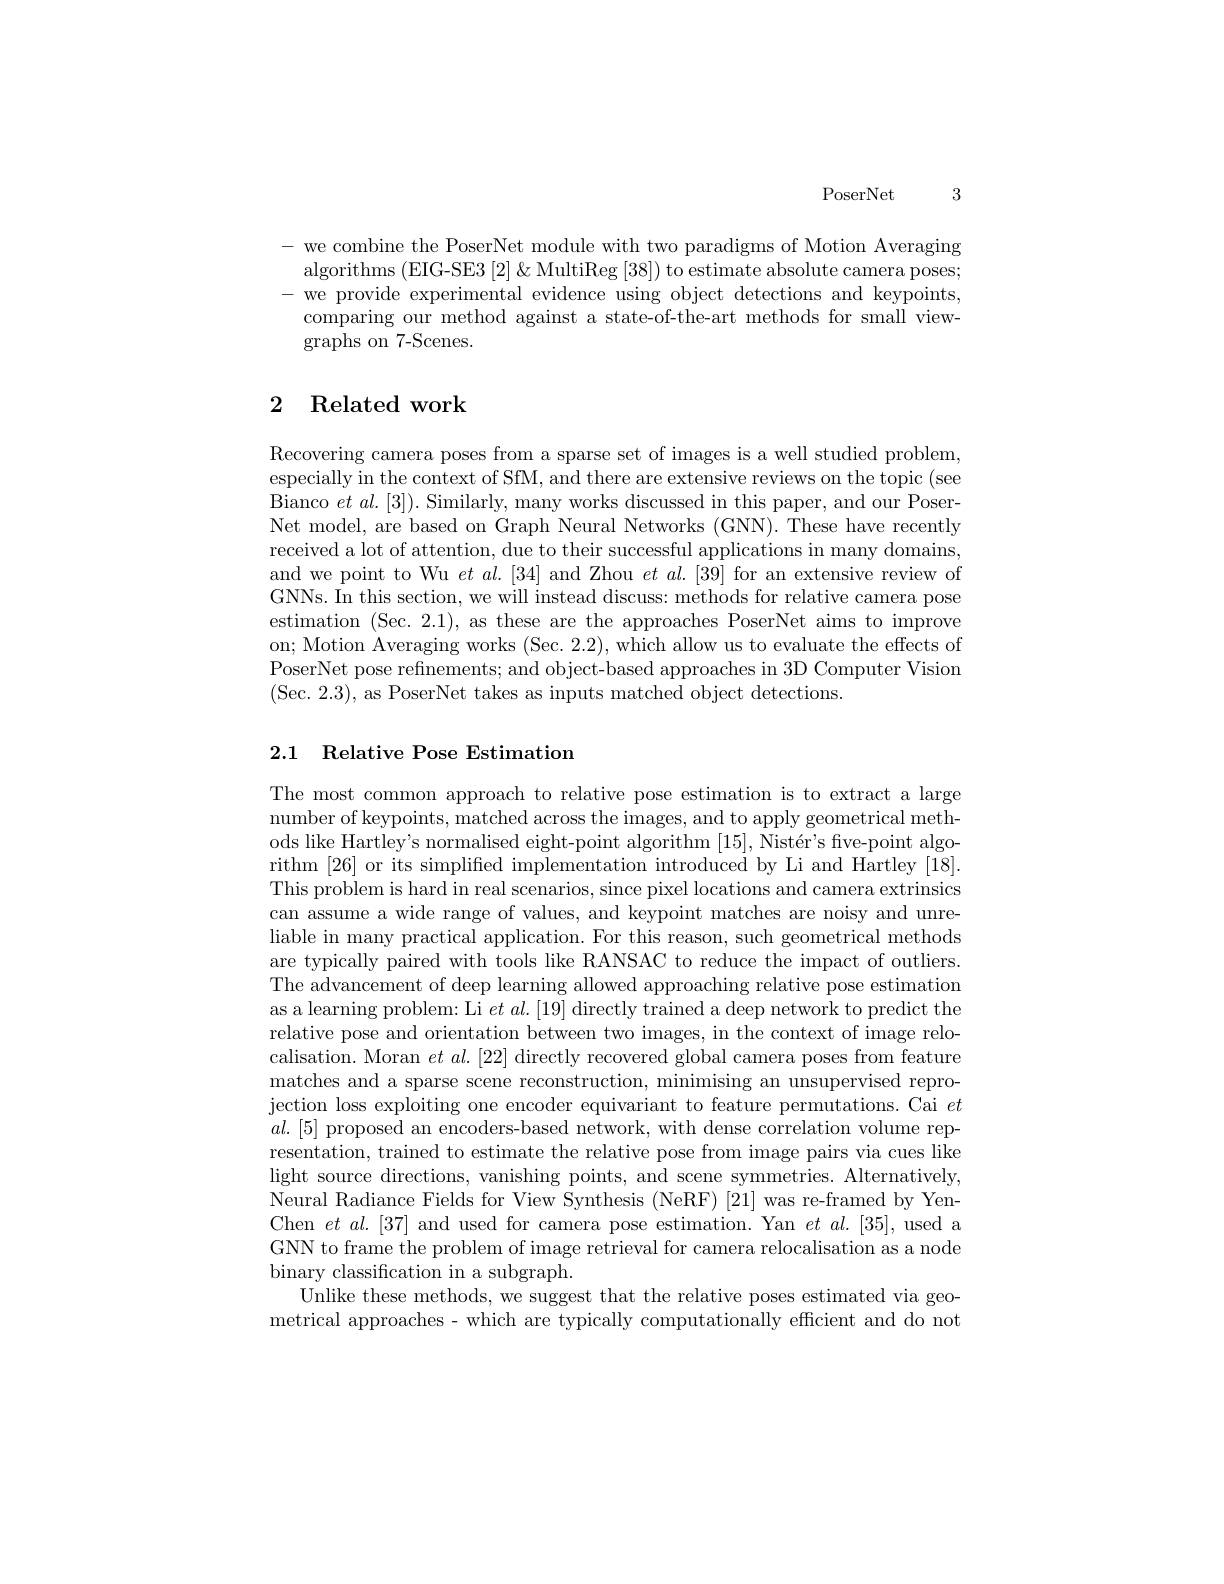
PoserNet 3

- we combine the PoserNet module with two paradigms of Motion Averaging algorithms (EIG-SE3 [2]&MultiReg [38]) to estimate absolute camera poses; -we provide experimental evidence using object detections and keypoints, comparing our method against a state-of-the-art methods for small viewgraphs on 7- Scenes.

## 2 Related work

Recovering camera poses from a sparse set of images is a well studied problem, especially in the context of SfM, and there are extensive reviews on the topic (see Bianco $et\textit{al. [ 3] ) . Similarly, many works discussed in this paper, and our Poser- 1}$ Net model, are based on Graph Neural Networks (GNN). These have recently received a lot of attention, due to their successful applications in many domains, and we point to Wu $et\textit{al. [ 34] and Zhou }et\textit{al. [ 39] for an extensive review of}$ GNNs. In this section, we will instead discuss: methods for relative camera pose estimation (Sec. 2.1), as these are the approaches PoserNet aims to improve on; Motion Averaging works (Sec. 2.2), which allow us to evaluate the effects of PoserNet pose refinements; and object-based approaches in 3D Computer Vision (Sec. 2.3), as PoserNet takes as inputs matched object detections.

### 2.1 Relative Pose Estimation

The most common approach to relative pose estimation is to extract a large number of keypoints, matched across the images, and to apply geometrical methods like Hartley's normalised eight-point algorithm $[ 15] , \text{Nist\' {e}r' sfive- pointalgo- }$ rithm [26] or its simplified implementation introduced by Li and Hartley [18]. This problem is hard in real scenarios, since pixel locations and camera extrinsics can assume a wide range of values, and keypoint matches are noisy and unreliable in many practical application. For this reason, such geometrical methods are typically paired with tools like RANSAC to reduce the impact of outliers. The advancement of deep learning allowed approaching relative pose estimation as a learning problem: Li $et\textit{al. [ 19] directly trained a deep network to predict the}$ relative pose and orientation between two images, in the context of image relocalisation. Moran $et\textit{al. [ 22] directly recovered global camera poses from feature}$ matches and a sparse scene reconstruction, minimising an unsupervised reprojection loss exploiting one encoder equivariant to feature permutations. Cai $et$ $al.[5]$ proposed an encoders-based network, with dense correlation volume representation, trained to estimate the relative pose from image pairs via cues like light source directions, vanishing points, and scene symmetries. Alternatively, Neural Radiance Fields for View Synthesis (NeRF) [21] was re-framed by YenChen $et$ $al.[37]$ and used for camera pose estimation. Yan $et$ $al.[35]$, used a GNN to frame the problem of image retrieval for camera relocalisation as a node binary classification in a subgraph.
Unlike these methods, we suggest that the relative poses estimated via geometrical approaches - which are typically computationally efficient and do not